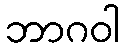
ဘာဂဝါ